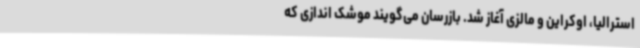
استرالیا، اوکراین و مالزی آغاز شد. بازرسان می‌گویند موشک اندازی که